Jaan_Tonisson_(Lasteleht), lk 265
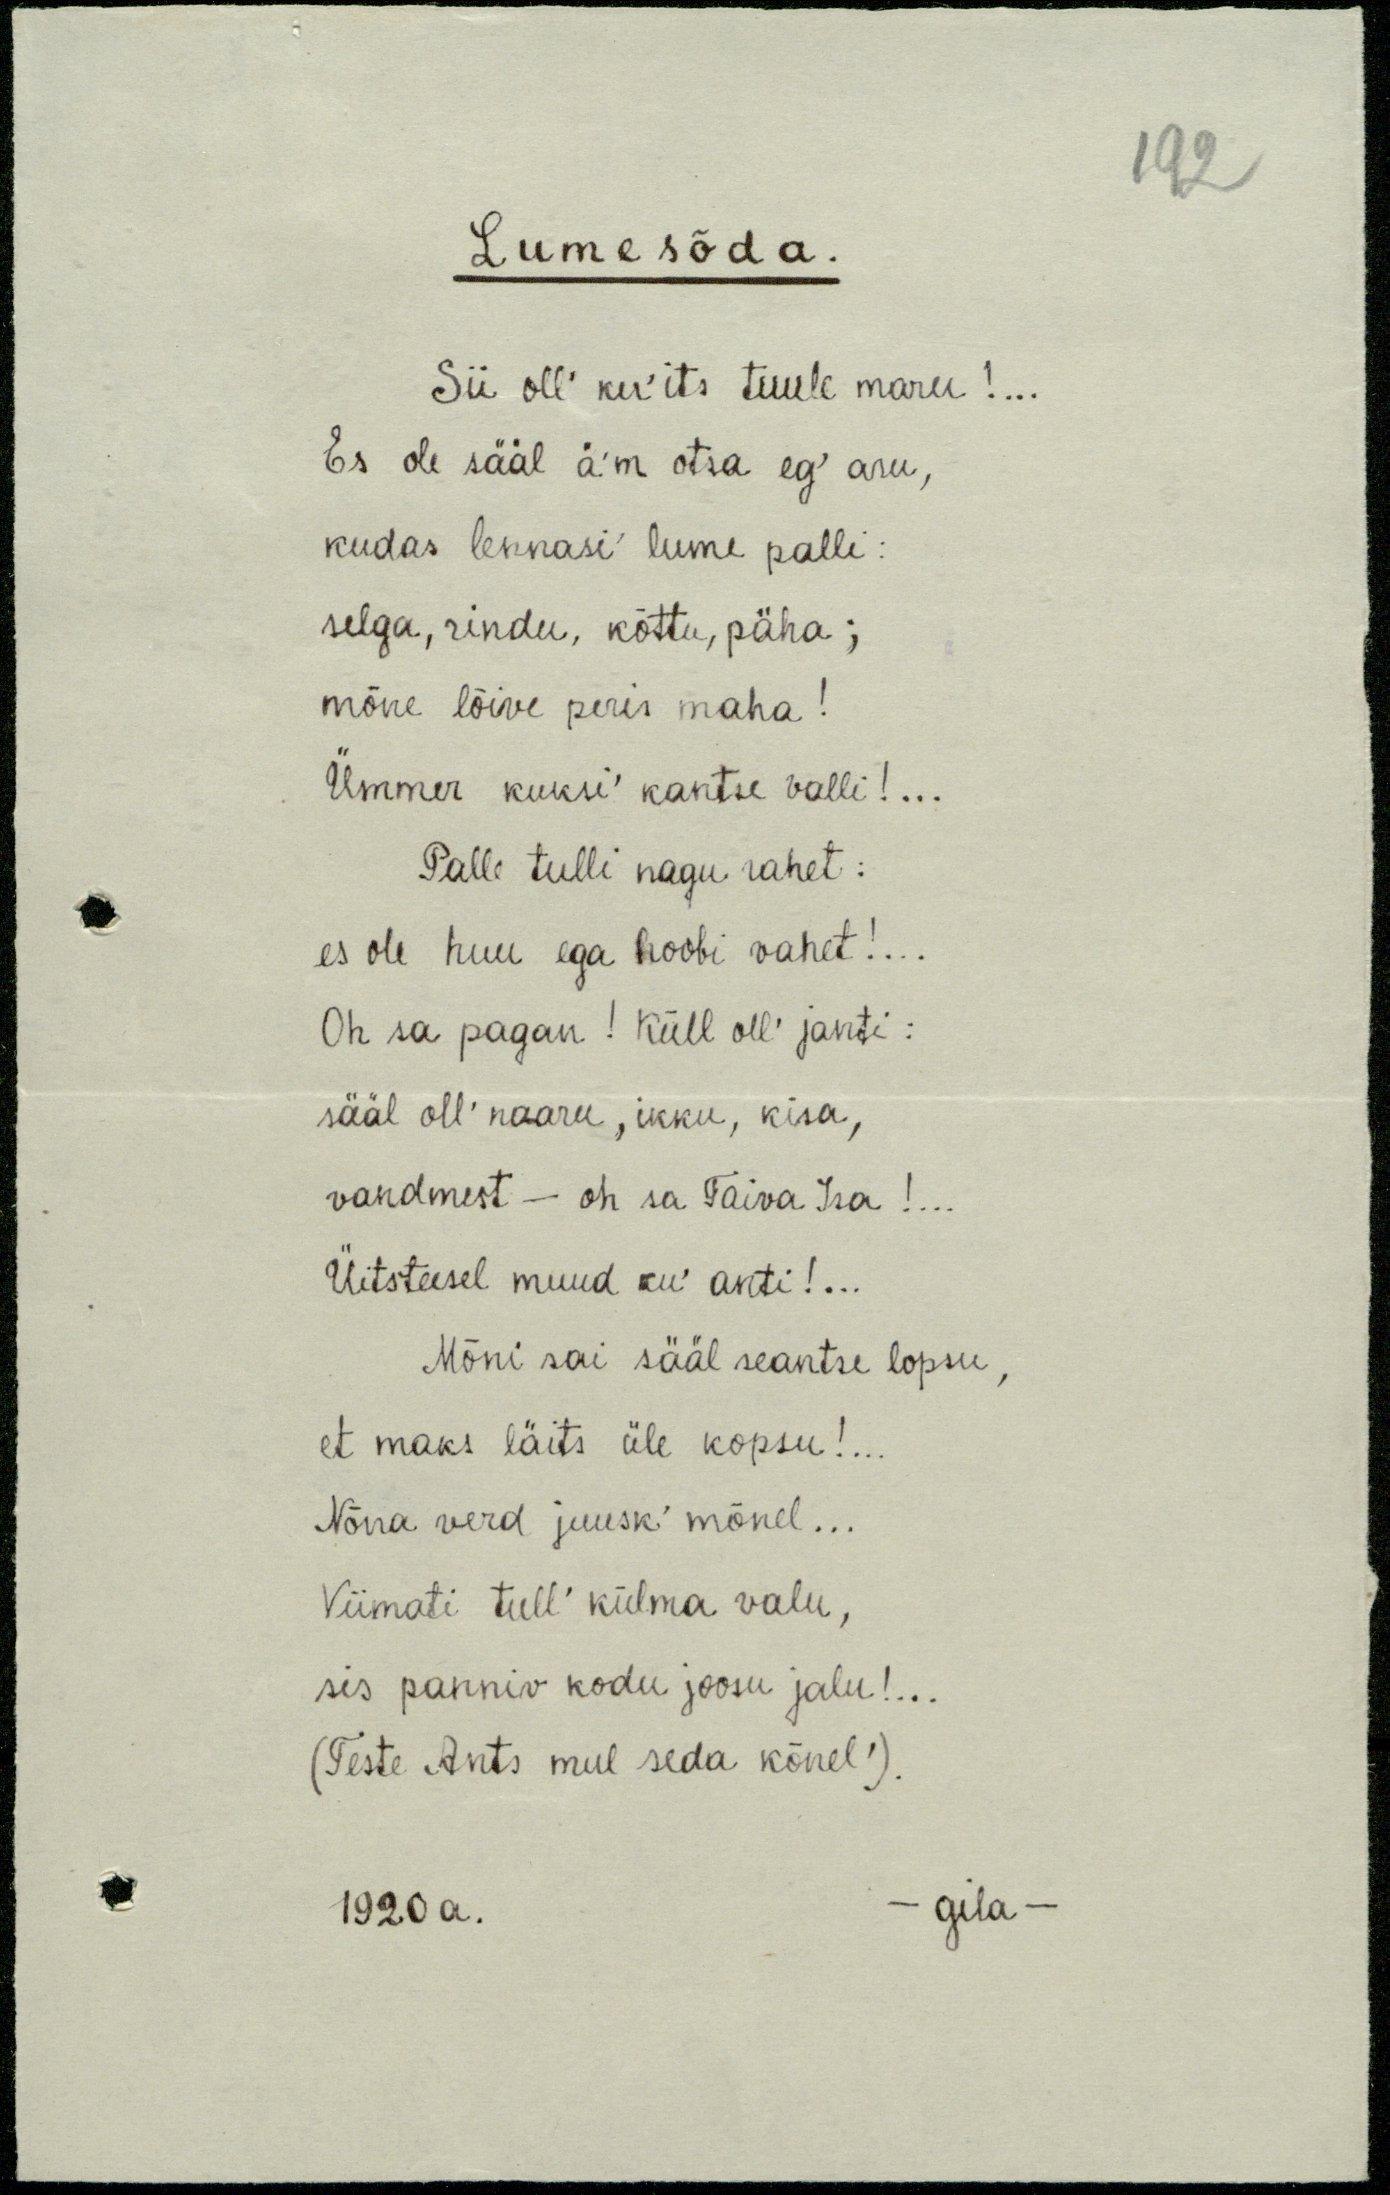
192

Lumesõda.
Sii oll' ku'its tuule maru!...
Es ole sääl ä'm otsa eg' aru,
kudas lennasi' lume palli:
selga, rindu, kõttu, päha;
mõne lõive peris maha!
Ümmer kuksi' kantse valli!...
Palle tulli nagu rahet:
es ole huu ega hoobi vahet!...
Oh sa pagan! Küll oll' janti:
sääl oll' naaru, ikku, kisa,
vandmest - oh sa Taiva Isa!...
Üitsteisel muud ku' anti!...
Mõni sai sääl seantse lopsu,
et maks läits üle kopsu!...
Nõna verd juusk' mõnel...
Viimati tull' külma valu,
sis panniv kodu joosu jalu!...
(Teste Ants mul seda kõnel').
1920 a. -gila-